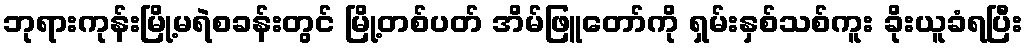
ဘုရားကုန်းမြို့မရဲစခန်းတွင် မြို့တစ်ပတ် အိမ်ဖြူတော်ကို ရှမ်းနှစ်သစ်ကူး ခိုးယူခံရပြီး